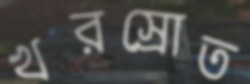
খরস্রোত